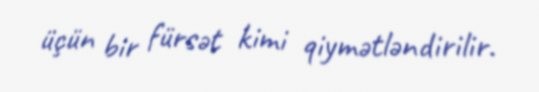
üçün bir fürsət kimi qiymətləndirilir.